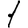
Digit: 1